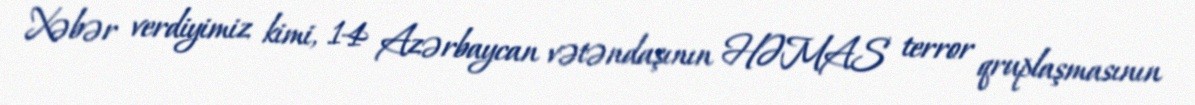
Xəbər verdiyimiz kimi, 14 Azərbaycan vətəndaşının HƏMAS terror qruplaşmasının